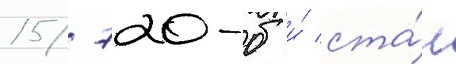
15/ 720-б и́ ста́л